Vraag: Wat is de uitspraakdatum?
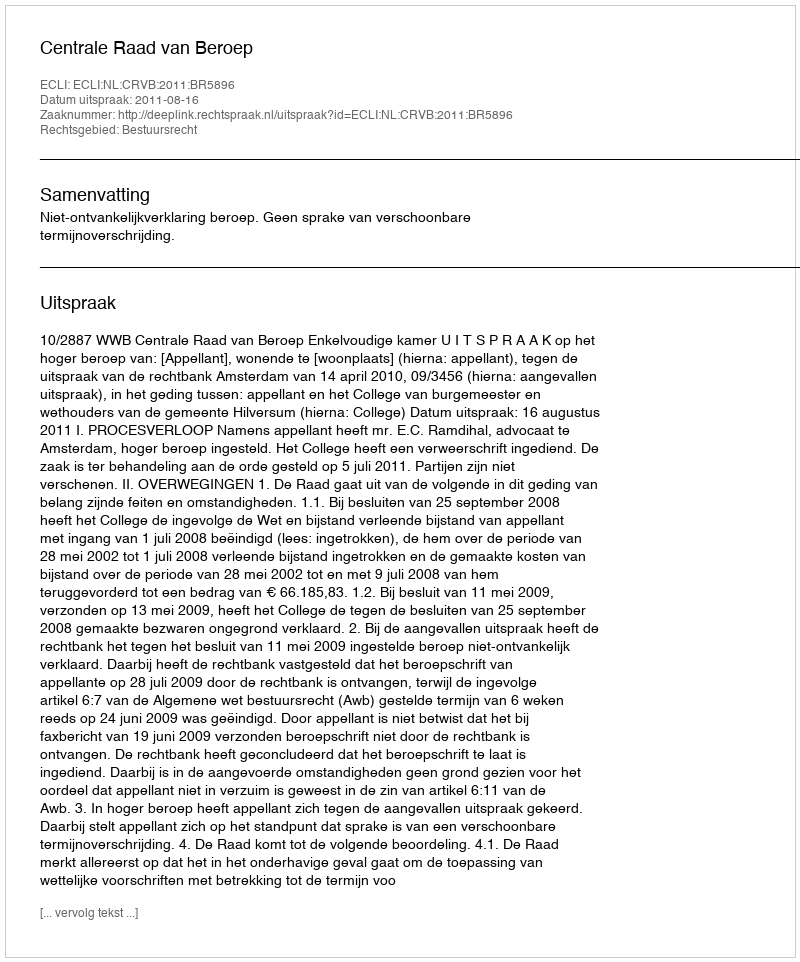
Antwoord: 2011-08-16